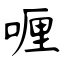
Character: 喱